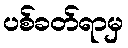
ပစ်ခတ်ရာမှ